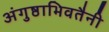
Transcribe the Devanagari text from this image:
अंगुष्ठाभिवतैनी